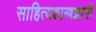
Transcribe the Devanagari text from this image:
साहित्यशास्त्रज्ञांनी